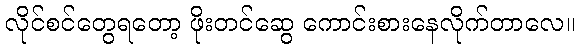
လိုင်စင်တွေရတော့ ဖိုးတင်ဆွေ ကောင်းစားနေလိုက်တာလေ။